Civil Veterinary Dept. Assam report 1911-1927 - 1911-1927
Year: 1911
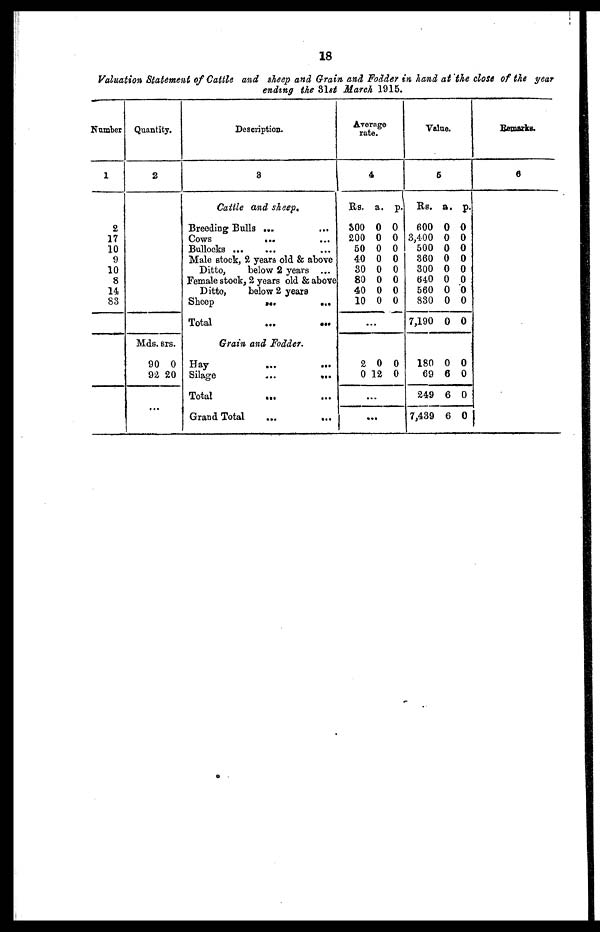
18
Valuation Statement of Cattle and sheep and Grain and Fodder in hand at the close of the year
ending the 31st March 1915.
Number
1
2
17
10
9
10
8
14
83
Quantity.
2
Mds.
90
92
...
srs.
0
20
Description.
3
Cattle and sheep.
Breeding Bulls ... ...
Cows ... ...
Bullock ... ... ...
Male stock, 2 years old & above
Ditto,
below 2 years ...
Female stock, 2 years old & above
Ditto,
below 2 years
Sheep
...
...
...
Total
Grain and Fodder.
Hay ... ...
Silage
...
...
Total
... . ....
Grand Total
...
...
Average
rate.
4
Rs.
300
200
50
40
30
80
40
10
2
0
...
...
a.
0
0
0
0
0
0
0
0
0
12
p.
0
0
0
0
0
0
0
0
0
0
Value.
5
Rs.
600
3,400
500
360
300
640
560
830
7,190
180
69
249
7,439
a.
0
0
0
0
0
0
0
0
0
0
6
6
6
p.
0
0
0
0
0
0
0
0
0
0
0
0
0
Remarks.
6